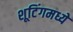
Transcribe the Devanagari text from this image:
शूटिंगमध्ये